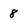
Character: 8